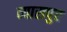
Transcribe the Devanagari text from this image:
व्‍यासपुर